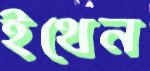
ইথেন